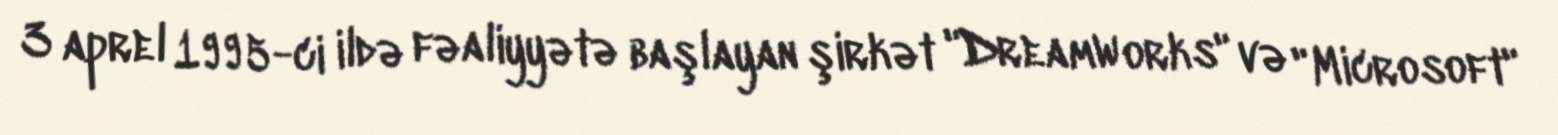
3 aprel 1995-ci ildə fəaliyyətə başlayan şirkət "DreamWorks" və "Microsoft"